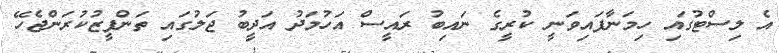
އެ ލިސްޓުގައި ހިމަނާފައިވަނީ ކުރީގެ ނައިބު ރަައީސް އަހުމަދު އަދީބު ޖަލުގައި ތަންފީޒުކުރަންޖެހޭ